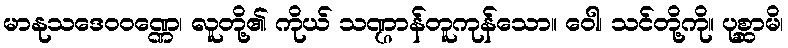
မာနုသဒေဝဝဏ္ဏေ၊ လူတို့၏ ကိုယ် သဏ္ဌာန်တူကုန်သော။ ဝေါ၊ သင်တို့ကို။ ပုစ္ဆာမိ၊